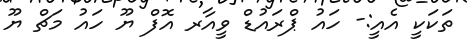
ތަކަކީ އެއީ:- ހައު ޕްރައުޑް ވީއާރ އޮފް ޔޫ ހައު މަޗް ޔޫ